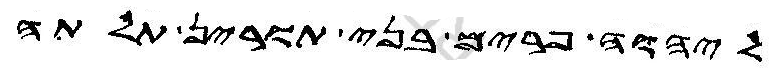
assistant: ליהוה פרים בני תורין תלתה